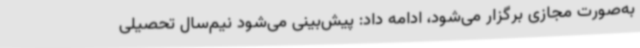
به‌صورت مجازی برگزار می‌شود، ادامه داد: پیش‌بینی می‌شود نیم‌سال تحصیلی